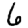
Digit: 6